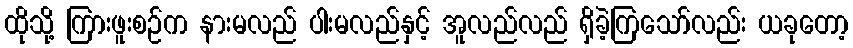
ထိုသို့ ကြားဖူးစဉ်က နားမလည် ပါးမလည်နှင့် အူလည်လည် ရှိခဲ့ကြသော်လည်း ယခုတော့